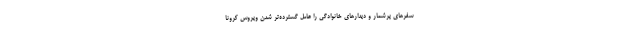
سفرهای پرشمار و دیدارهای خانوادگی را عامل گسترده‌تر شدن ویروس کرونا